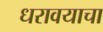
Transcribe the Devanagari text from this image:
धरावयाचा